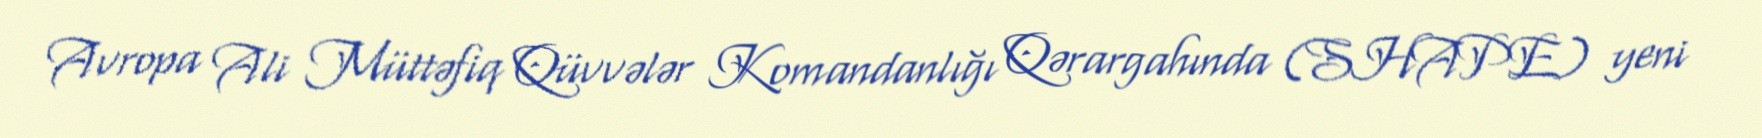
Avropa Ali Müttəfiq Qüvvələr Komandanlığı Qərargahında (SHAPE) yeni